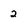
Character: 2